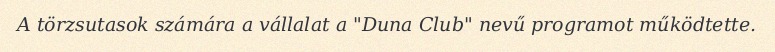
A törzsutasok számára a vállalat a "Duna Club" nevű programot működtette.